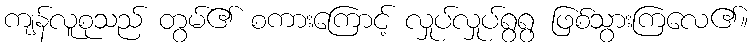
ကျန်လူစုသည် တွမ်၏ စကားကြောင့် လှုပ်လှုပ်ရွရွ ဖြစ်သွားကြလေ၏။